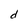
Character: d